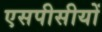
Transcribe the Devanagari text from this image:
एसपीसीयों